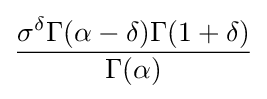
{\frac {\sigma ^{\delta }\Gamma (\alpha -\delta )\Gamma (1+\delta )}{\Gamma (\alpha )}}